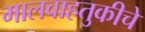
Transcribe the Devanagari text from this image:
मालवाहतुकीचे